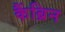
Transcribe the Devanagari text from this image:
कैंब्रिन